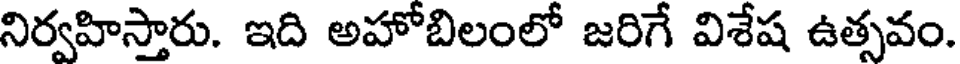
నిర్వహిస్తారు. ఇది అహోబిలంలో జరిగే విశేష ఉత్సవం.